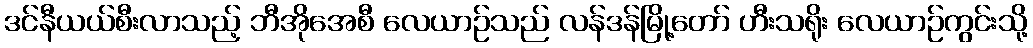
ဒင်နီယယ်စီးလာသည့် ဘီအိုအေစီ လေယာဉ်သည် လန်ဒန်မြို့တော် ဟီးသရိုး လေယာဉ်ကွင်းသို့